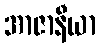
အာဇာနီယာ